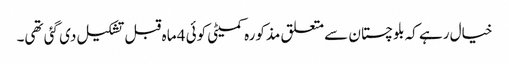
خیال رہے کہ بلوچستان سے متعلق مذکورہ کمیٹی کوئی 4 ماہ قبل تشکیل دی گئی تھی۔